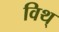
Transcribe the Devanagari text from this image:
विथ्